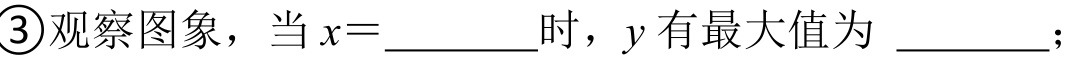
\textcircled{3}观察图象，当\(x = \_\_\_\_\_\)时，\(y\)有最大值为  \_\_\_\_\_；